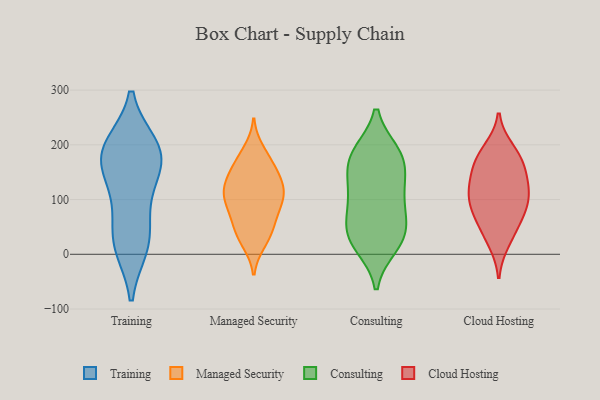
{"axis": {"x": "Population (Million)", "y": "Value"}, "legend": ["Cloud Hosting", "Consulting", "Managed Security", "Training"], "data": [{"x": "", "y": 95, "type": "Training"}, {"x": "", "y": 20, "type": "Training"}, {"x": "", "y": 16, "type": "Training"}, {"x": "", "y": 197, "type": "Training"}, {"x": "", "y": 176, "type": "Training"}, {"x": "", "y": 134, "type": "Training"}, {"x": "", "y": 33, "type": "Training"}, {"x": "", "y": 194, "type": "Training"}, {"x": "", "y": 171, "type": "Training"}, {"x": "", "y": 186, "type": "Training"}, {"x": "", "y": 131, "type": "Managed Security"}, {"x": "", "y": 21, "type": "Managed Security"}, {"x": "", "y": 190, "type": "Managed Security"}, {"x": "", "y": 108, "type": "Managed Security"}, {"x": "", "y": 138, "type": "Managed Security"}, {"x": "", "y": 72, "type": "Managed Security"}, {"x": "", "y": 25, "type": "Managed Security"}, {"x": "", "y": 43, "type": "Managed Security"}, {"x": "", "y": 103, "type": "Managed Security"}, {"x": "", "y": 113, "type": "Managed Security"}, {"x": "", "y": 45, "type": "Managed Security"}, {"x": "", "y": 124, "type": "Managed Security"}, {"x": "", "y": 86, "type": "Managed Security"}, {"x": "", "y": 105, "type": "Managed Security"}, {"x": "", "y": 158, "type": "Managed Security"}, {"x": "", "y": 179, "type": "Managed Security"}, {"x": "", "y": 165, "type": "Managed Security"}, {"x": "", "y": 141, "type": "Managed Security"}, {"x": "", "y": 90, "type": "Managed Security"}, {"x": "", "y": 58, "type": "Managed Security"}, {"x": "", "y": 123, "type": "Consulting"}, {"x": "", "y": 57, "type": "Consulting"}, {"x": "", "y": 25, "type": "Consulting"}, {"x": "", "y": 141, "type": "Consulting"}, {"x": "", "y": 35, "type": "Consulting"}, {"x": "", "y": 86, "type": "Consulting"}, {"x": "", "y": 16, "type": "Consulting"}, {"x": "", "y": 30, "type": "Consulting"}, {"x": "", "y": 120, "type": "Consulting"}, {"x": "", "y": 178, "type": "Consulting"}, {"x": "", "y": 185, "type": "Consulting"}, {"x": "", "y": 77, "type": "Consulting"}, {"x": "", "y": 175, "type": "Consulting"}, {"x": "", "y": 184, "type": "Consulting"}, {"x": "", "y": 169, "type": "Cloud Hosting"}, {"x": "", "y": 23, "type": "Cloud Hosting"}, {"x": "", "y": 137, "type": "Cloud Hosting"}, {"x": "", "y": 119, "type": "Cloud Hosting"}, {"x": "", "y": 113, "type": "Cloud Hosting"}, {"x": "", "y": 85, "type": "Cloud Hosting"}, {"x": "", "y": 158, "type": "Cloud Hosting"}, {"x": "", "y": 178, "type": "Cloud Hosting"}, {"x": "", "y": 85, "type": "Cloud Hosting"}, {"x": "", "y": 191, "type": "Cloud Hosting"}, {"x": "", "y": 108, "type": "Cloud Hosting"}, {"x": "", "y": 44, "type": "Cloud Hosting"}, {"x": "", "y": 66, "type": "Cloud Hosting"}]}